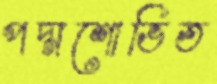
পদ্মশোভিত